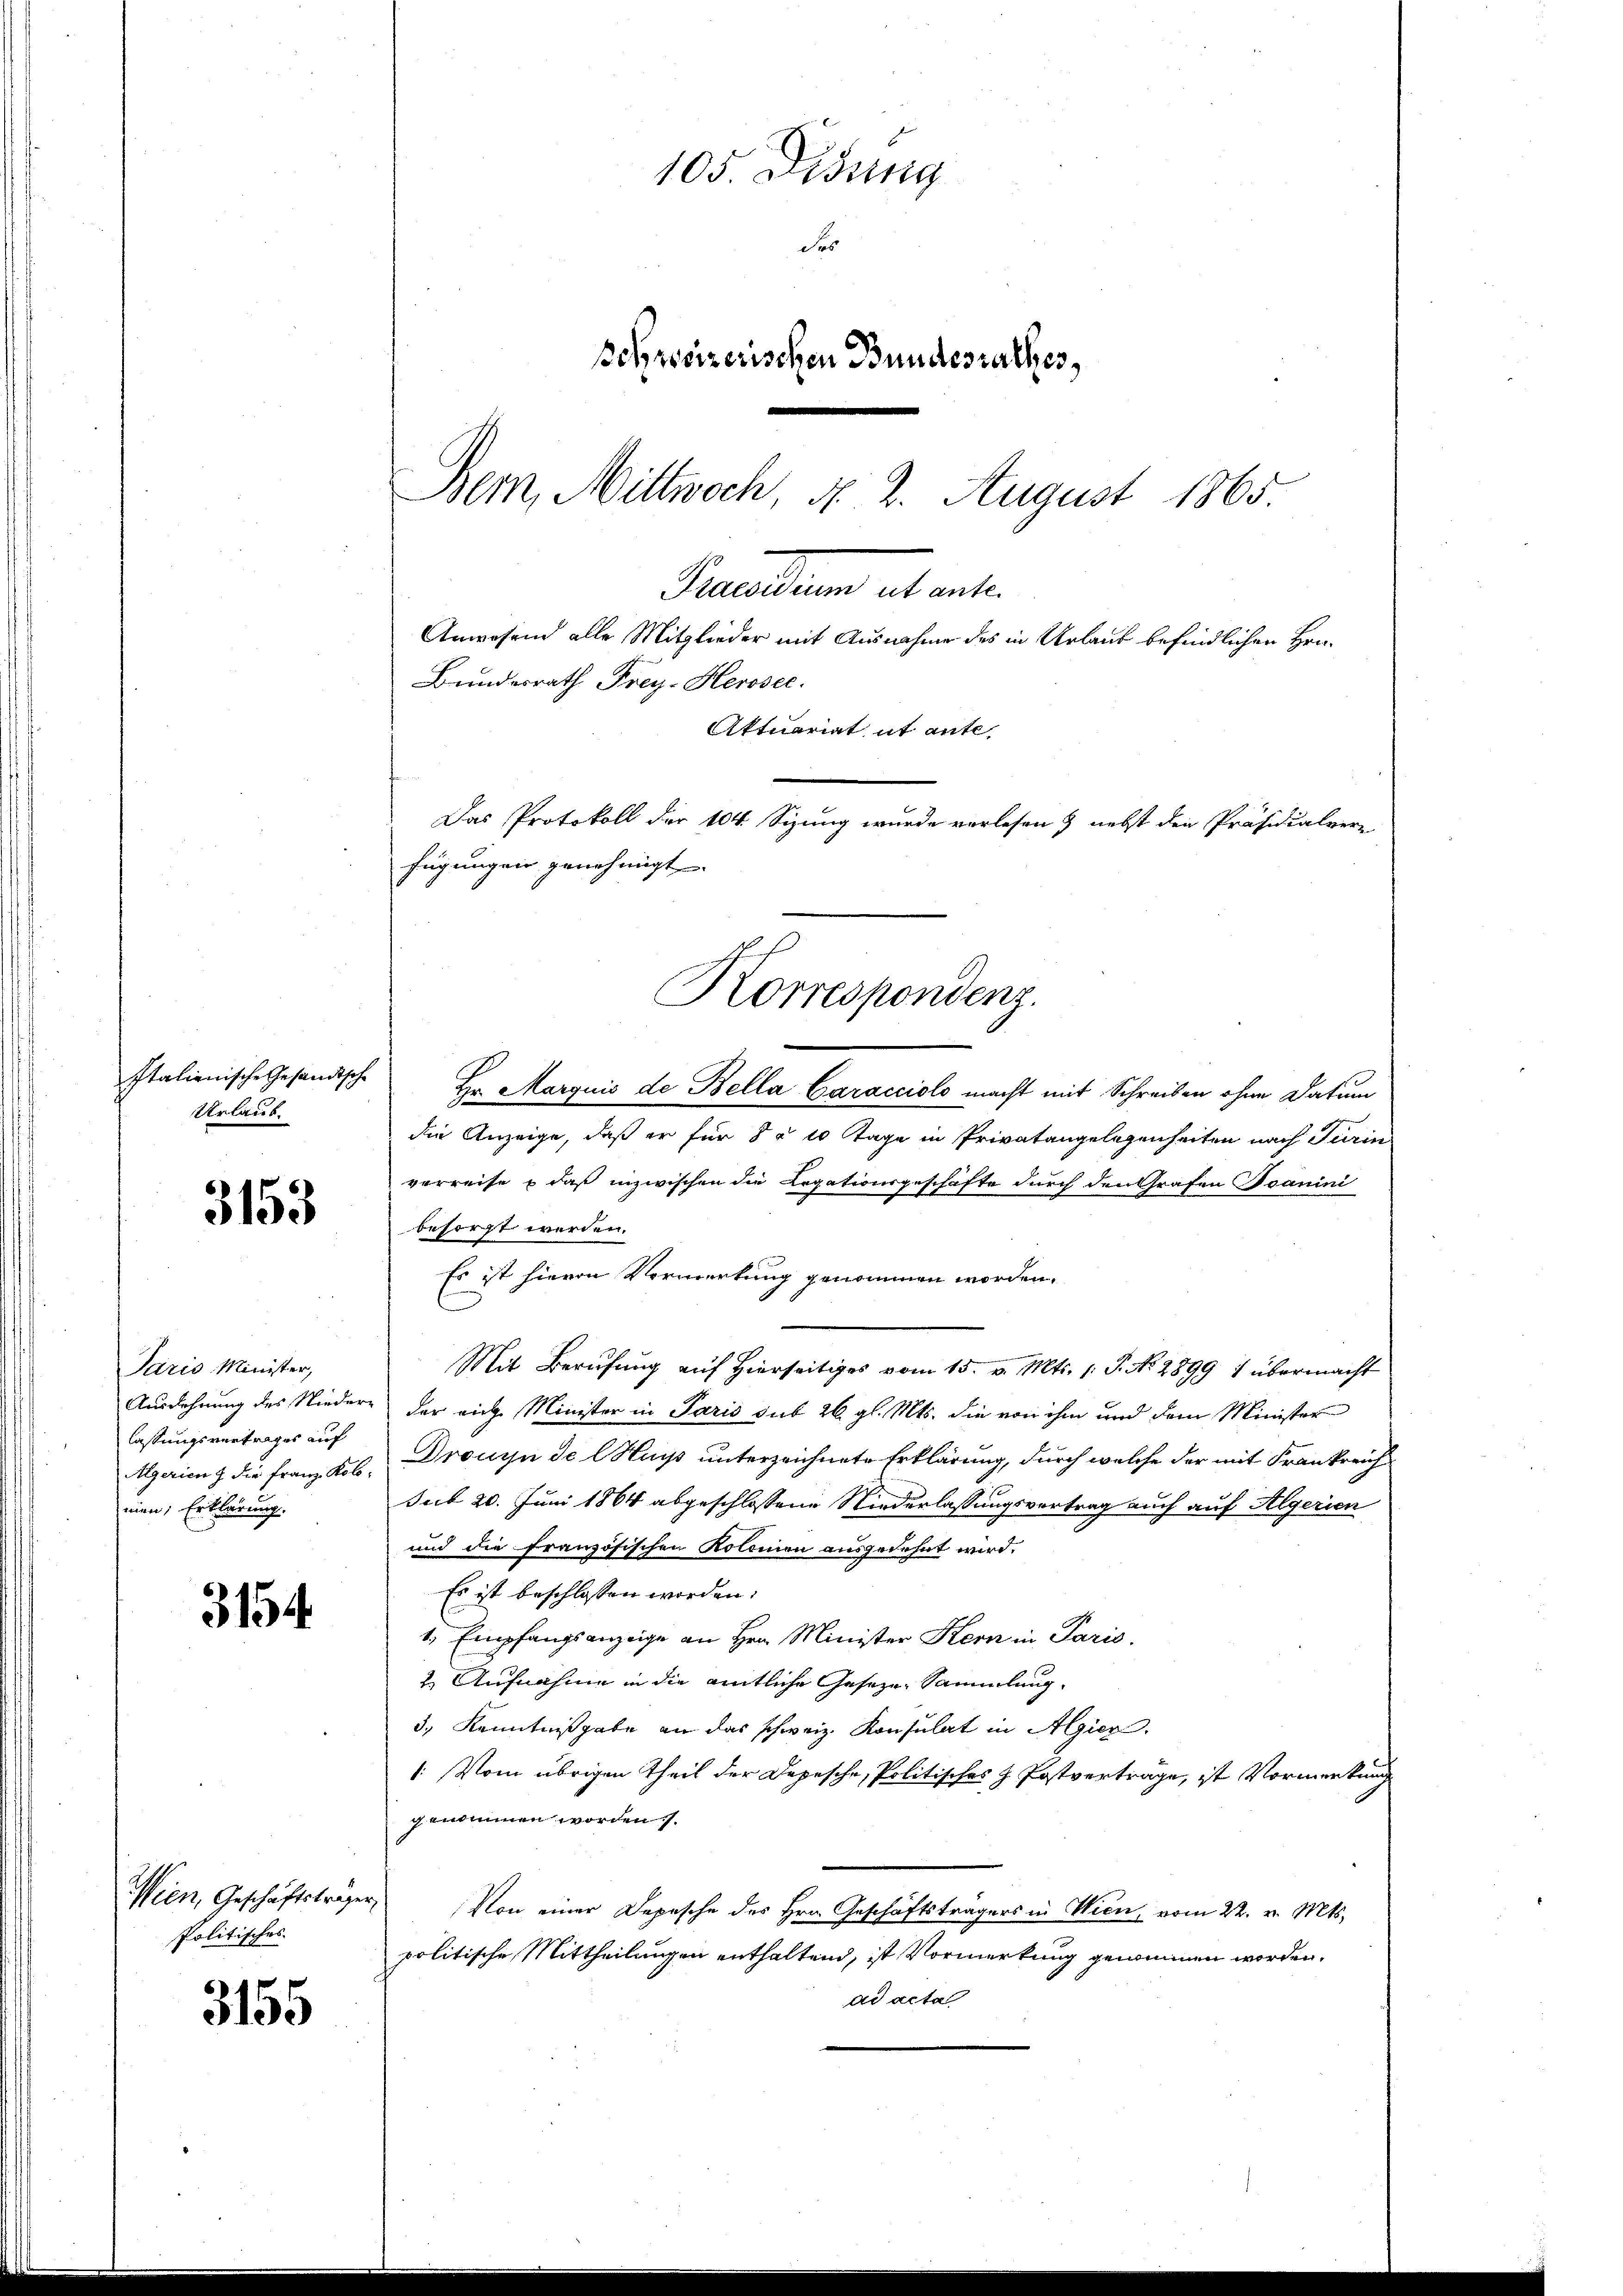
Urlaub.

3153

Paris Minister,
lassungsvertrages auf
men; Erklärung.

3154

Politisches

3155

105. Disung
Se
serreizerischen Bundesrathes,
Bern, Mittwoch, d. 2. August 1865.

Bundesrath Frey-Herosec.
Aktuariat it ante-
Das Protokoll der 104. Sizung wurde vorlesen & nebst den Präsidialvere
fügung ein genehmigt.
Korrespondenz.

Italienische Gesandtsche Hr. Marquis de Bella Caracciolo macht mit Schreiben ohne Datum
die Anzeige, daß er für 8 § 10 Tage in Privatangelegenheiten nach Turin
verreise, daß inzwischen die Legationsgeschäfte durch den Grafen Ioanini
besorgt werden.
Es ist hievon Vormerkung genommen worden.
Mit Berufung auf Hierseitiges vom 15. v. Mts. (T. No. 2899 1 übermacht
Ausdehnung des Nieder der riche Minister in Paris sub 26. gl. Mts. die von ihm und dem Minister
Algerien z. die Franz Kob. Drouyn de l Hus unterzeichnete Erklärung, durch welche der mit Frankreich
Sub 20. Juni 1864 abgeschlossene Niederlassungsvertrag auch auf Algerien
und die französischen Kolonien ausgedehnt wird.
Es ist beschlossen worden.
1. Empfangsanzeige an Hrn. Minister Hern in Paris.
2 Aufnahme in die entliche Geseze Sammlung
3., Kenntnißgabe an das schweiz. Konsulat in Algier
: Vom übrigen Theil der Depesche, Politisches H. Postverträge, ist Vormerkung
genommen worden.
Wien, Geschäftsträger Von einer Depesche des Hrn. Geschäftsträgers in Wien, vom 22. v. Mts.
politische Mittheilungen enthaltend, ist Vormerkung genommen worden.
ad acta

Saecularen alt ente
Anwesend alle Mitglieder mit Ausnahme des in Urlaub befindlichen Hrn.